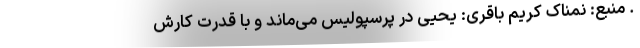
. منبع: نمناک کریم باقری: یحیی در پرسپولیس می‌ماند و با قدرت کارش